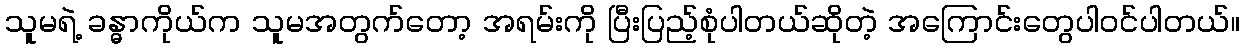
သူမရဲ့ ခန္ဓာကိုယ်က သူမအတွက်တော့ အရမ်းကို ပြီးပြည့်စုံပါတယ်ဆိုတဲ့ အကြောင်းတွေပါဝင်ပါတယ်။